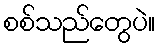
စစ်သည်တွေပဲ။